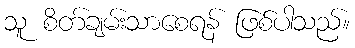
သူ စိတ်ချမ်းသာစေရန် ဖြစ်ပါသည်။